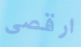
ارقصي